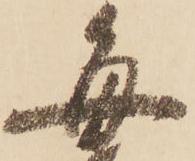
毎